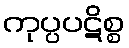
ကုပ္ပပဋိစ္စ